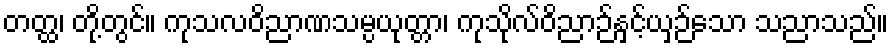
တတ္ထ၊ တို့တွင်။ ကုသလဝိညာဏသမ္ပယုတ္တာ၊ ကုသိုလ်ဝိညာဉ်နှင့်ယှဉ်သော သညာသည်။